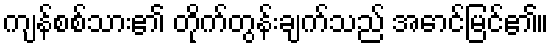
ကျန်စစ်သား၏ တိုက်တွန်းချက်သည် အောင်မြင်၏။